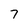
Character: 7